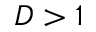
D > 1